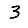
Digit: 3